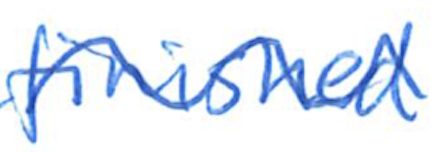
Text: finished
Cross-out: wave
Writing tool: ballpoint